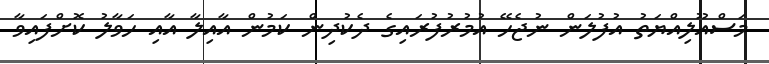
މަސްއޫލިއްޔަތު އުފުލަން ނުޖެހޭ އުމުރުފުރައިގެ ދެކުދިން ކަމުން އާއިލާ އާއި ހަވާލު ކޮށްފައިވާ